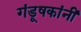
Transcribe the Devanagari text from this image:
गंडूषकांनीं